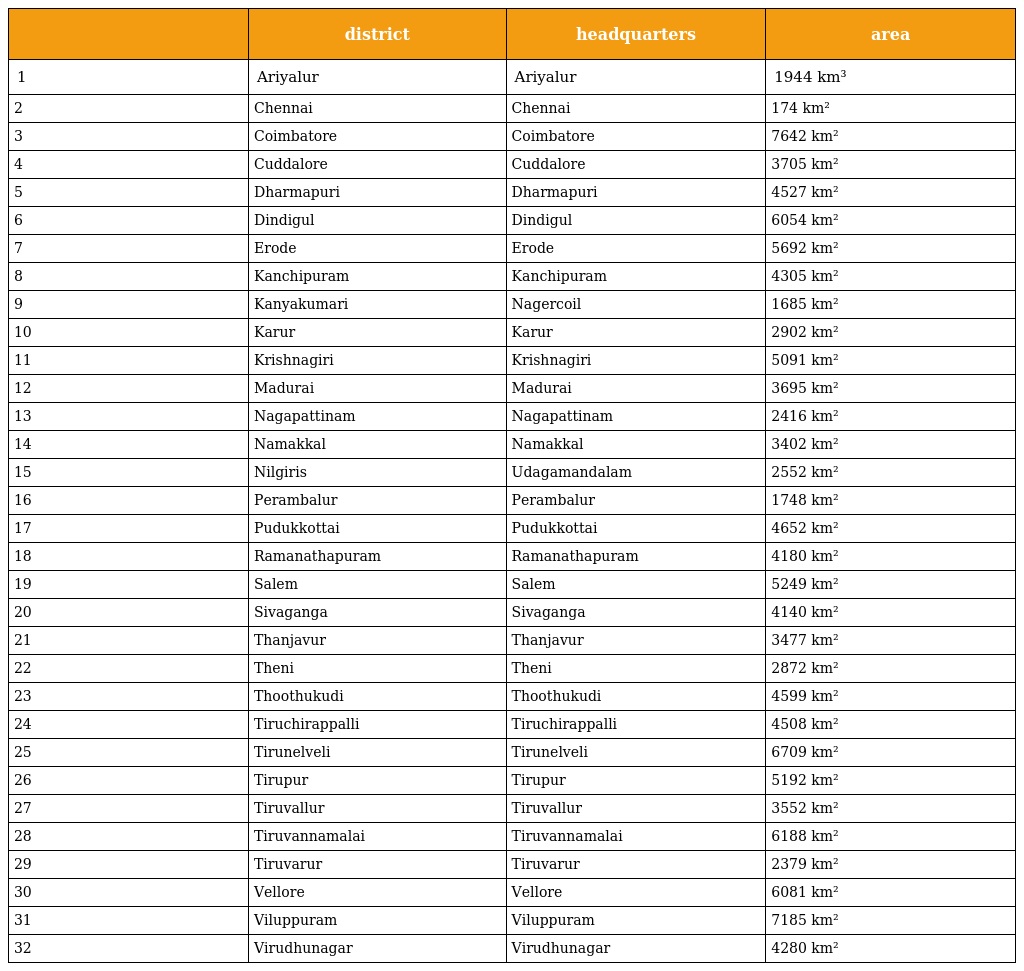
|  | district | headquarters | area |
 | --- | --- | --- | --- |
 | 1 | Ariyalur | Ariyalur | 1944 km³ |
 | 2 | Chennai | Chennai | 174 km² |
 | 3 | Coimbatore | Coimbatore | 7642 km² |
 | 4 | Cuddalore | Cuddalore | 3705 km² |
 | 5 | Dharmapuri | Dharmapuri | 4527 km² |
 | 6 | Dindigul | Dindigul | 6054 km² |
 | 7 | Erode | Erode | 5692 km² |
 | 8 | Kanchipuram | Kanchipuram | 4305 km² |
 | 9 | Kanyakumari | Nagercoil | 1685 km² |
 | 10 | Karur | Karur | 2902 km² |
 | 11 | Krishnagiri | Krishnagiri | 5091 km² |
 | 12 | Madurai | Madurai | 3695 km² |
 | 13 | Nagapattinam | Nagapattinam | 2416 km² |
 | 14 | Namakkal | Namakkal | 3402 km² |
 | 15 | Nilgiris | Udagamandalam | 2552 km² |
 | 16 | Perambalur | Perambalur | 1748 km² |
 | 17 | Pudukkottai | Pudukkottai | 4652 km² |
 | 18 | Ramanathapuram | Ramanathapuram | 4180 km² |
 | 19 | Salem | Salem | 5249 km² |
 | 20 | Sivaganga | Sivaganga | 4140 km² |
 | 21 | Thanjavur | Thanjavur | 3477 km² |
 | 22 | Theni | Theni | 2872 km² |
 | 23 | Thoothukudi | Thoothukudi | 4599 km² |
 | 24 | Tiruchirappalli | Tiruchirappalli | 4508 km² |
 | 25 | Tirunelveli | Tirunelveli | 6709 km² |
 | 26 | Tirupur | Tirupur | 5192 km² |
 | 27 | Tiruvallur | Tiruvallur | 3552 km² |
 | 28 | Tiruvannamalai | Tiruvannamalai | 6188 km² |
 | 29 | Tiruvarur | Tiruvarur | 2379 km² |
 | 30 | Vellore | Vellore | 6081 km² |
 | 31 | Viluppuram | Viluppuram | 7185 km² |
 | 32 | Virudhunagar | Virudhunagar | 4280 km² |